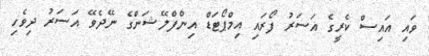
ވައި އައިސް ކެރީގެ އަސަރު ފޯރައި އިމްޕޯޓަޑް އިންފްލޭޝަންގެ ނޭދެވޭ އަސަރު ދިވެހި